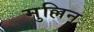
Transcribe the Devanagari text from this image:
मुल्लिन